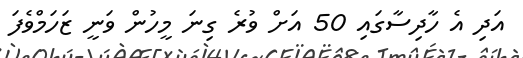
އަދި އެ ހާދިސާގައި 50 އަށް ވުރެ ގިނަ މީހުން ވަނީ ޒަހަމްވެފަ